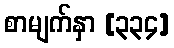
စာမျက်နှာ [၃၃၄]